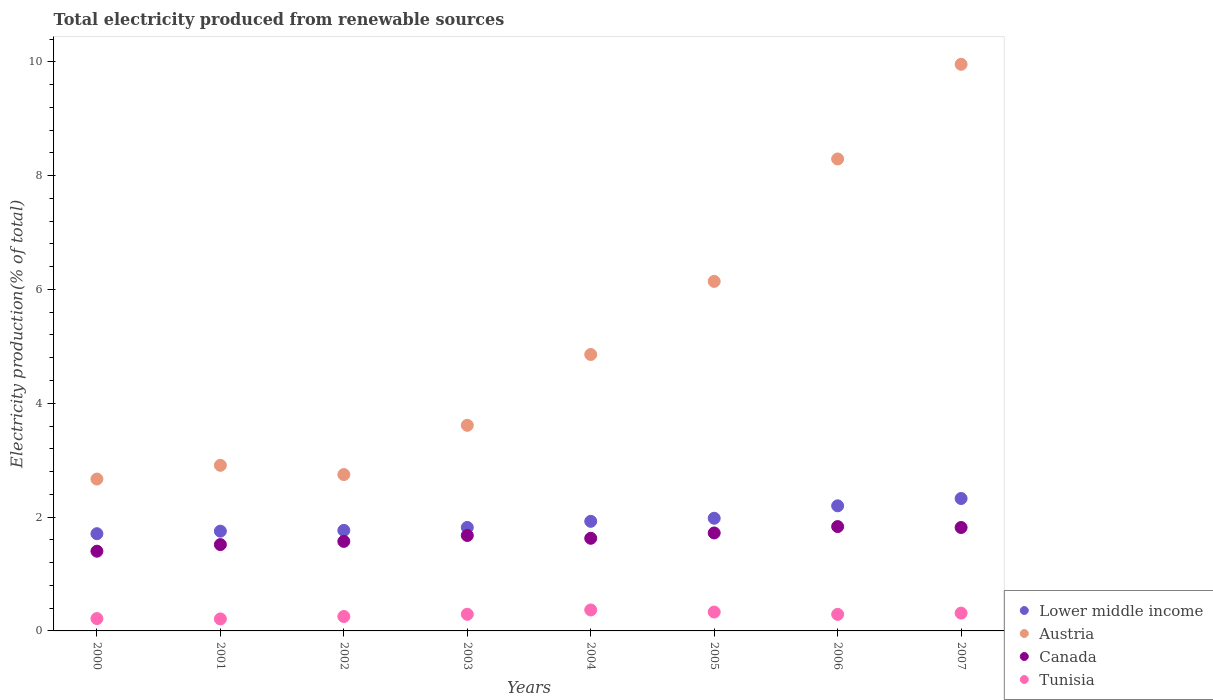
| Years | Lower middle income | Austria | Canada | Tunisia |
 | --- | --- | --- | --- | --- |
 | 2000 | 1.71 | 2.67 | 1.4 | 0.217 |
 | 2001 | 1.75 | 2.91 | 1.52 | 0.211 |
 | 2002 | 1.77 | 2.75 | 1.57 | 0.253 |
 | 2003 | 1.82 | 3.61 | 1.68 | 0.292 |
 | 2004 | 1.93 | 4.86 | 1.63 | 0.369 |
 | 2005 | 1.98 | 6.14 | 1.72 | 0.332 |
 | 2006 | 2.2 | 8.29 | 1.83 | 0.291 |
 | 2007 | 2.33 | 9.96 | 1.82 | 0.313 |